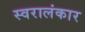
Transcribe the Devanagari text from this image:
स्वरालंकार